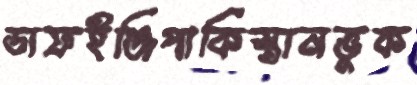
ডাফইঞ্জিপাকিস্তানভুক